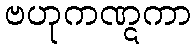
ဗဟုကဏ္ဋကာ